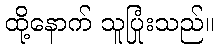
ထို့နောက် သူပြုံးသည်။